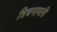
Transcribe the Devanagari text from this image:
त्रिचनापली